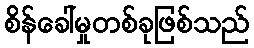
စိန်ခေါ်မှုတစ်ခုဖြစ်သည်